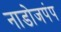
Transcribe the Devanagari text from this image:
नाडोजपंप